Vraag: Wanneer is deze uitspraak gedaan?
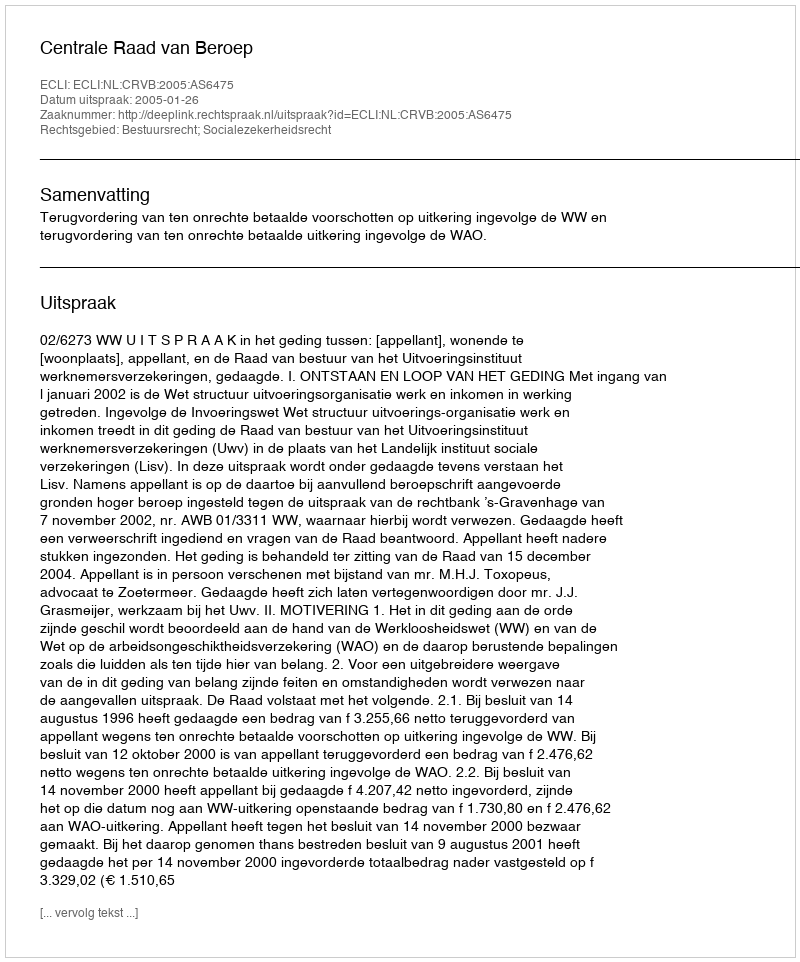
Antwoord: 2005-01-26